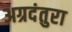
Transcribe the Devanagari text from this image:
अग्रदंतुरा